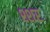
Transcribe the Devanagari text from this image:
श्शर